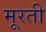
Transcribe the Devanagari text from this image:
मूरती